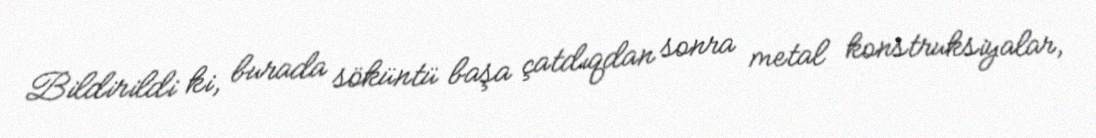
Bildirildi ki, burada söküntü başa çatdıqdan sonra metal konstruksiyalar,